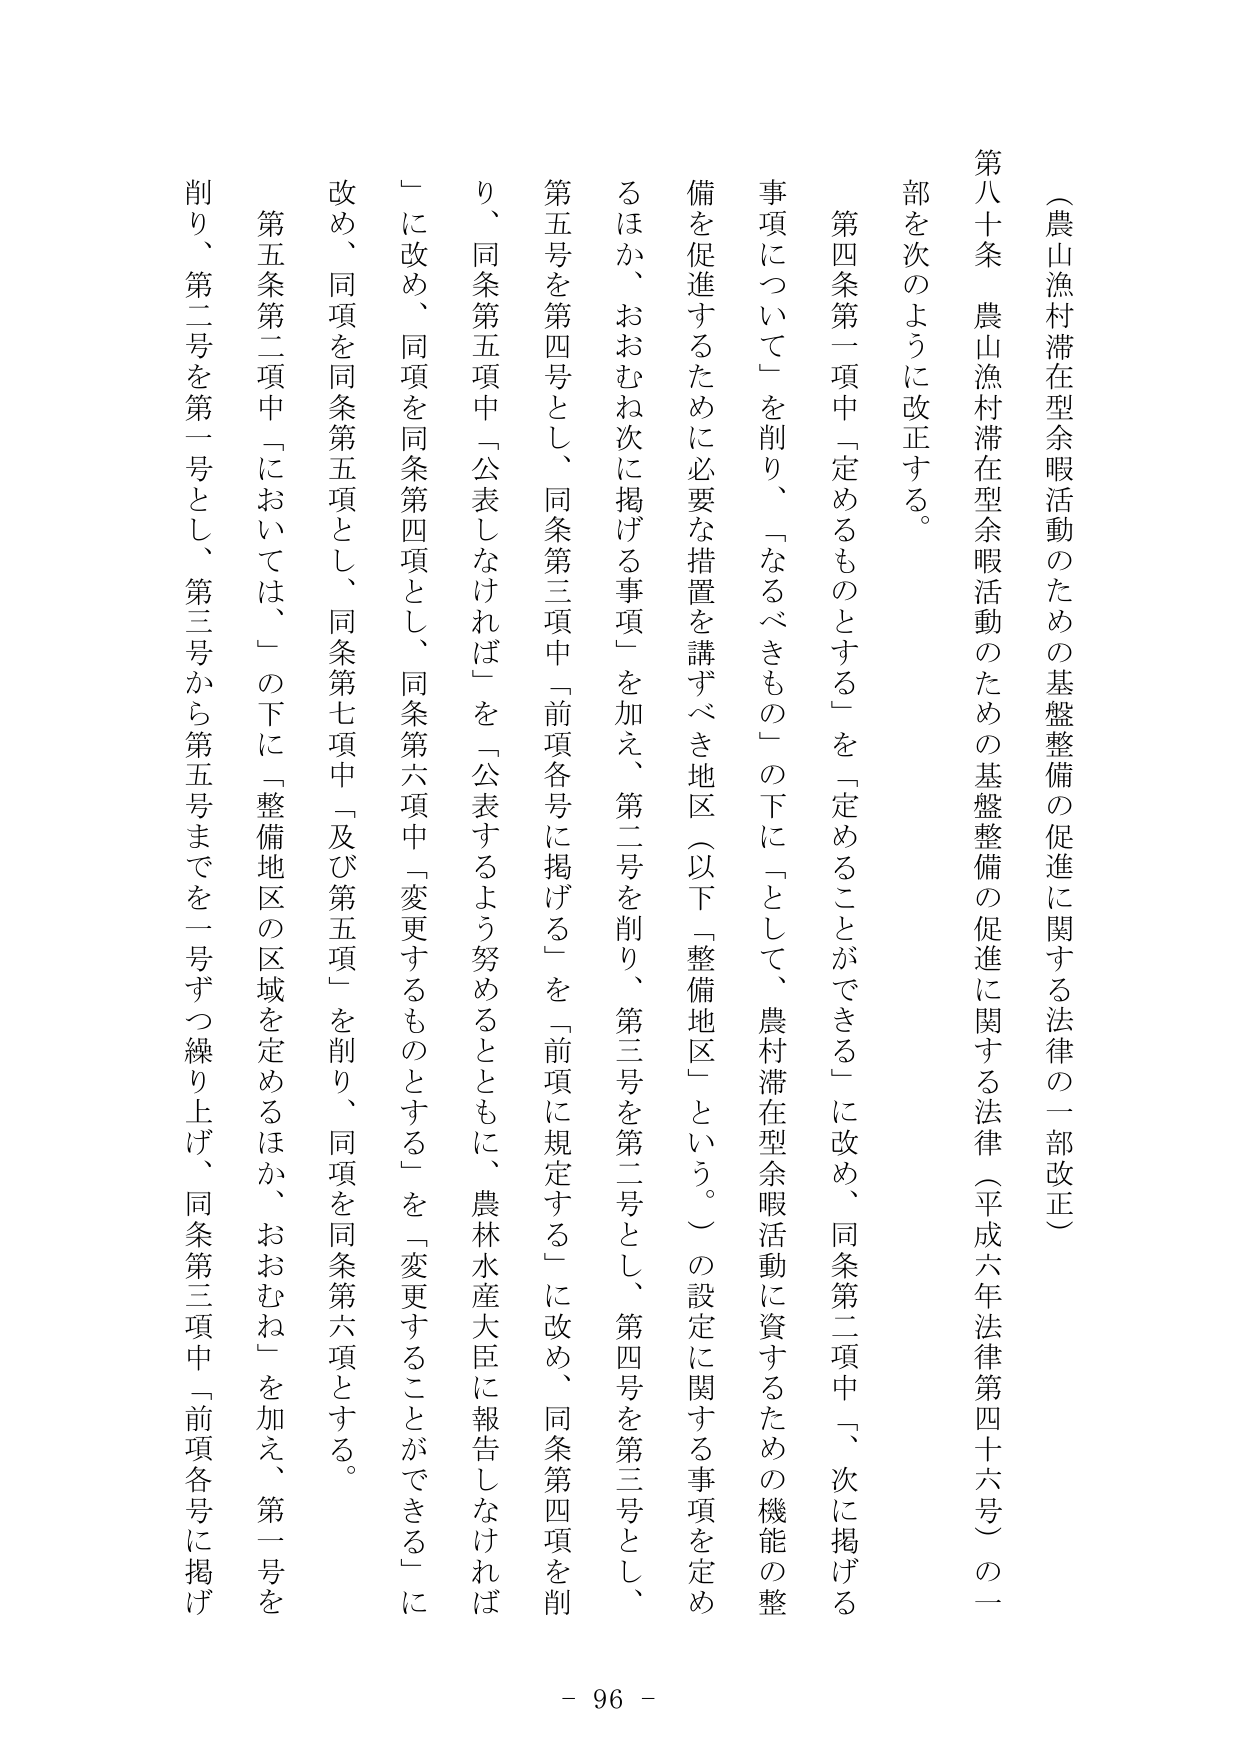
（農山漁村滞在型余暇活動のための基盤整備の促進に関する法律の一部改正）

第八十条　農山漁村滞在型余暇活動のための基盤整備の促進に関する法律（平成六年法律第四十六号）の一部を次のように改正する。

第四条第一項中「定めるものとする」を「定めることができる」に改め、同条第二項中「、次に掲げる事項について」を削り、「なるべきもの」の下に「として、農村滞在型余暇活動に資するための機能の整備を促進するために必要な措置を講ずべき地区（以下「整備地区」という。）の設定に関する事項を定めるほか、おおむね次に掲げる事項」を加え、第二号を削り、第三号を第二号とし、第四号を第三号とし、第五号を第四号とし、同条第三項中「前項各号に掲げる」を「前項に規定する」に改め、同条第四項を削り、同条第五項中「公表しなければ」を「公表するよう努めるとともに、農林水産大臣に報告しなければ」に改め、同項を同条第四項とし、同条第六項中「変更するものとする」を「変更することができる」に改め、同項を同条第五項とし、同条第七項中「及び第五項」を削り、同項を同条第六項とする。

第五条第二項中「においては、」の下に「整備地区の区域を定めるほか、おおむね」を加え、第一号を削り、第二号を第一号とし、第三号から第五号までを一号ずつ繰り上げ、同条第三項中「前項各号に掲げ

- 96 -